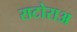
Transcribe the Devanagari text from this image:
सटोराअ